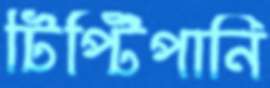
টিপ্‌টিপানি